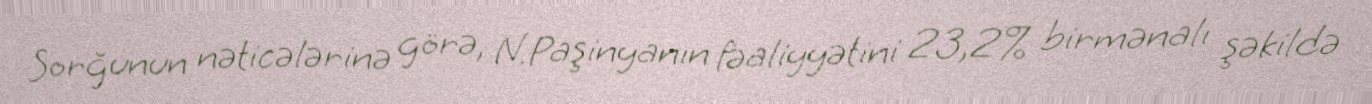
Sorğunun nəticələrinə görə, N.Paşinyanın fəaliyyətini 23,2% birmənalı şəkildə